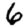
Digit: 6